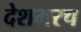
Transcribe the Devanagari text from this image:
देशभरच